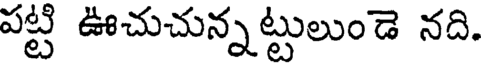
పట్టి ఊచుచున్నట్టులుండె నది.